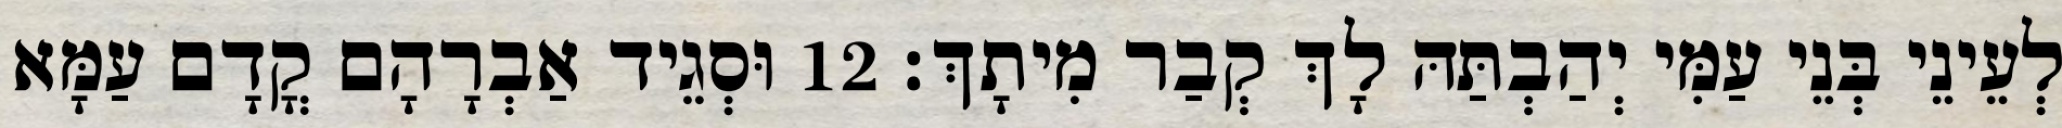
לְעֵינֵי בְּנֵי עַמִּי יְהַבְתַּהּ לָךְ קְבַר מִיתָךְ׃ 12 וּסְגֵיד אַבְרָהָם קֳדָם עַמָּא